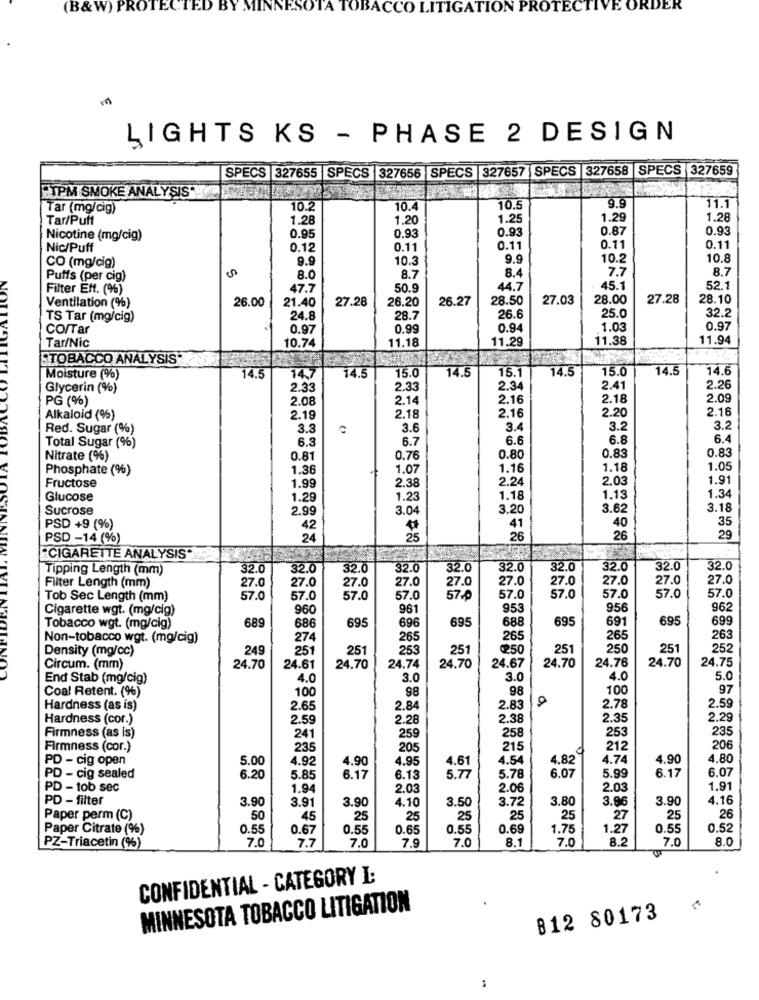
(B& W) PROTECTED
A TOBACCO LITIGATION PROTECTIVE ORDER
LIGHTS KS - PHASE 2 DESIGN
SPECS |327655 SPECS 327656 SPECS 327657 SPECS 327658 SPECS 327659
TPM SMOKE ANALYSIS"
9.9
Tar (mg/cig)
10.2
10.
10.5
11.1
Tar/Puff
1.28
1.20
1.25
1.29
1.28
0.93
0.87
0.93
Nicotine (mg/cig)
0.95
0.93
Nic/Puff
0.12
0.11
0.11
0.11
0.11
CO (mg/cig)
9.9
10.3
9.9
10.2
10.8
7.7
8.7
Puffs (per cig)
5
8.0
8.7
8.4
Filter Ett. (%)
47.7
50.9
44.7
45.1
52.1
26.00
21.40
27.28
26.20
26.27
28.50
27.03
28.00
27.28
28.10
Ventilation (%)
32.
TS Tar (mg/cig)
24.8
28.7
26.6
25.0
CO/Tar
0.97
0.99
0.94
1.03
0.97
11.29
11.38
11.94
Tar/Nic
10.74
11.18
ETOBACCO ANALYSIS
14.5
15.1
14.5
15.0
14.5
14.6
Moisture (%)
14.5
14.7
14.5
15.0
Glycerin (%)
2.33
2.33
2.34
2.41
2.26
PG (%)
2.08
2.14
2.16
2.18
2.09
2.16
2.20
2.16
Alkaloid (%)
2.19
2.18
Red. Sugar (%)
3.3
3.6
3.4
3.2
3.2
6.3
6.7
6.6
6.8
6.4
Total Sugar (%)
0.83
0.83
Nitrate (%)
0.81
0.76
0.80
Phosphate (%)
1.36
1.07
1.16
1.18
1.0
1.99
2.24
2.03
1.91
Fructose
2.38
Glucose
1.2
1.23
1.18
1.13
1.3
Sucrose
2.99
3.04
3.20
3.62
3.18
35
PSD +9 (%)
42
41
40
PSD -14 (%)
24
25
26
26
29
"CIGARETTE ANALYSIS"
Tipping Length (mm)
32.0
32.0
32.0
32.0
32.0
32.0
32.0
32.0
32.0
32.0
Filter Length (mm)
27.0
27.0
27.0
27.0
27.0
27.0
27.0
27.0
27.0
27.0
57.0
Tob Sec Length (mm)
57.0
57.0
57.0
57.0
57-₽
57.0
57.0
57.0
57.0
Cigarette wgt. (mg/cig)
960
961
95
956
962
689
695
695
688
695
691
695
699
Tobacco wgt. (mg/cig)
686
696
Non-tobacco wgt. (mg/cig)
274
265
265
265
263
Density (mg/cc)
249
251
251
253
251
250
251
250
251
252
24.76
24.70
24.75
Circum. (mm)
24.70
24.61
24.70
24.74
24.70
24.67
24.70
End Stab (mg/cig)
4.0
3.0
3.0
4.0
5.0
Coal Retent. (%)
100
98
98
100
97
2.59
Hardness (as is)
2.65
2.84
2.83
2.78
Hardness (cor.)
2.59
2.28
2.38
2.35
2.29
241
259
258
253
235
Firmness (as is)
Firmness (cor.)
235
205
215
212
206
PD - cig open
5.00
4.92
4.90
4.95
4.54
4.82
4.74
4.90
4.80
4.61
6.17
6.07
PD - cig sealed
6.20
5.85
6.17
6.13
5.77
5.78
6.07
5.99
PD - tob sec
1.94
2.03
2.06
2.03
1.91
PD - filter
3.90
3.91
3.90
4.10
3.50
3.72
3.80
3.86
3.90
4.16
Paper perm (C)
50
45
25
25
25
25
25
27
25
26
Paper Citrate (%)
0.55
0.67
0.55
0.65
0.55
0.69
1.75
1.27
0.55
0.52
7.0
7.7
7.0
7.9
7.0
8.1
7.0
8.2
7.0
8.0
PZ-Triacetin (%)
CONFIDENTIAL - CATEGORY I:
MINNESOTA TOBACCO LITIGATION
812 80173
-